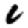
Digit: 6